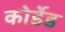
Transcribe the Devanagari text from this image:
कोर्डेड